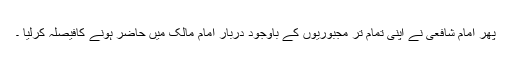
پھر امام شافعیؒ نے اپنی تمام تر مجبوریوں کے باوجود دربار امام مالکؒ میں حاضر ہونے کافیصلہ کرلیا ۔